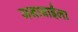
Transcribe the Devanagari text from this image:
जनाबाईंला